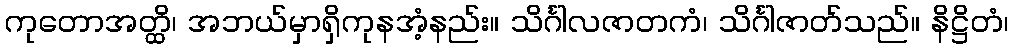
ကုတောအတ္ထိ၊ အဘယ်မှာရှိကုနအံ့နည်း။ သိင်္ဂါလဇာတကံ၊ သိင်္ဂါဇာတ်သည်။ နိဋ္ဌိတံ၊